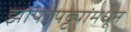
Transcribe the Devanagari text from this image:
झोपडपट्ट्यांमधून